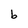
Character: b